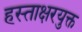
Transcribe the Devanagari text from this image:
हस्ताक्षरयुक्त